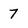
Character: 7